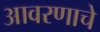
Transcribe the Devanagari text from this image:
आवरणाचे